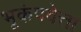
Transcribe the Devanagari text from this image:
भूकंपवेत्ता